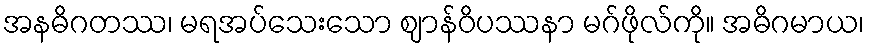
အနဓိဂတဿ၊ မရအပ်သေးသော ဈာန်ဝိပဿနာ မဂ်ဖိုလ်ကို။ အဓိဂမာယ၊